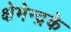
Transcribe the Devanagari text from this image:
क्षेमेन्द्रके